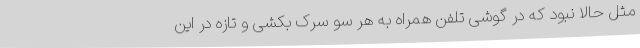
مثل حالا نبود که در گوشی تلفن همراه به هر سو سرک بکشی و تازه در این